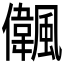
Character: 𠑒